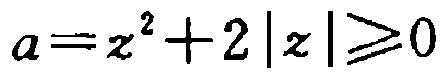
\(a = z^{2}+2|z|\geqslant0\)